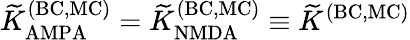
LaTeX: {\widetilde K}_{\mathrm{AMPA}}^{\mathrm{(BC,MC)}}={\widetilde K}_{\mathrm{NMDA}}^{\mathrm{(BC,MC)}}\equiv{\widetilde K}^{\mathrm{(BC,MC)}}